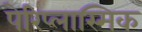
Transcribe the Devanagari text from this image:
पेरिप्लास्मिक